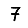
Digit: 7